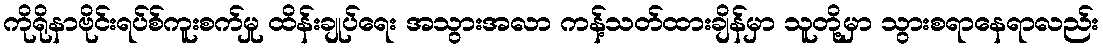
ကိုရိုနာဗိုင်းရပ်စ်ကူးစက်မှု ထိန်းချုပ်ရေး အသွားအလာ ကန့်သတ်ထားချိန်မှာ သူတို့မှာ သွားစရာနေရာလည်း